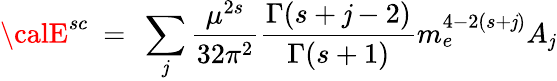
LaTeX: {\calE}^{sc}\ =\ \sum_{\mathit{j}}\frac{{\mu^{2s}}}{{32\pi^{2}}}\frac{{\Gamma(s+\mathit{j}-2)}}{{\Gamma(s+1)}}m_{e}^{4-2(s+\mathit{j})}A_{\mathit{j}}